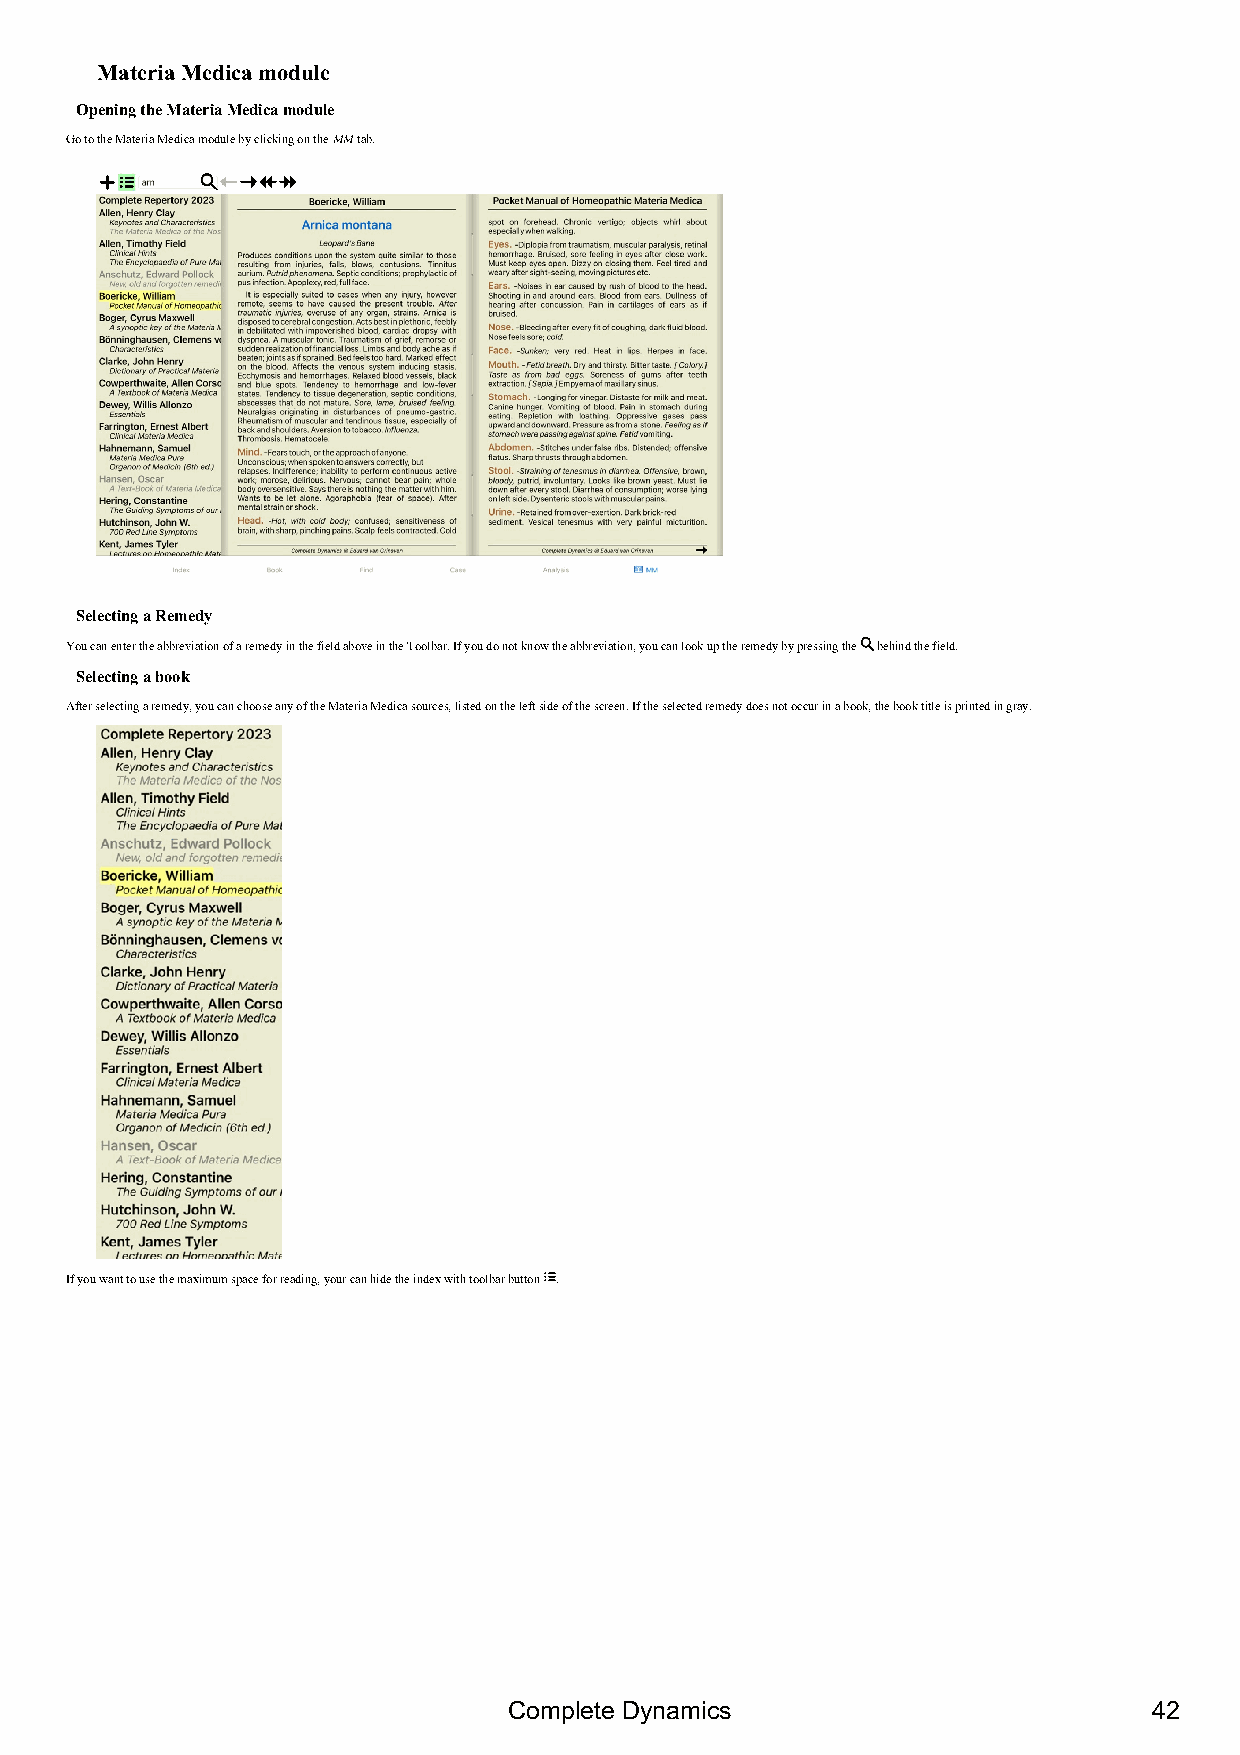
Materia Medica module
 Opening the Materia Medica module
 Go to the Materia Medica module by clicking on the MM tab.
 Selecting a Remedy
 You can enter the abbreviation of a remedy in the field above in the Toolbar. If you do not know the abbreviation, you can look up the remedy by pressing the behind the field.
 Selecting a book
 After selecting a remedy, you can choose any of the Materia Medica sources, listed on the left side of the screen. If the selected remedy does not occur in a book, the book title is printed in gray.
 If you want to use the maximum space for reading, your can hide the index with toolbar button .
 Complete Dynamics                         42